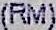
(RM)